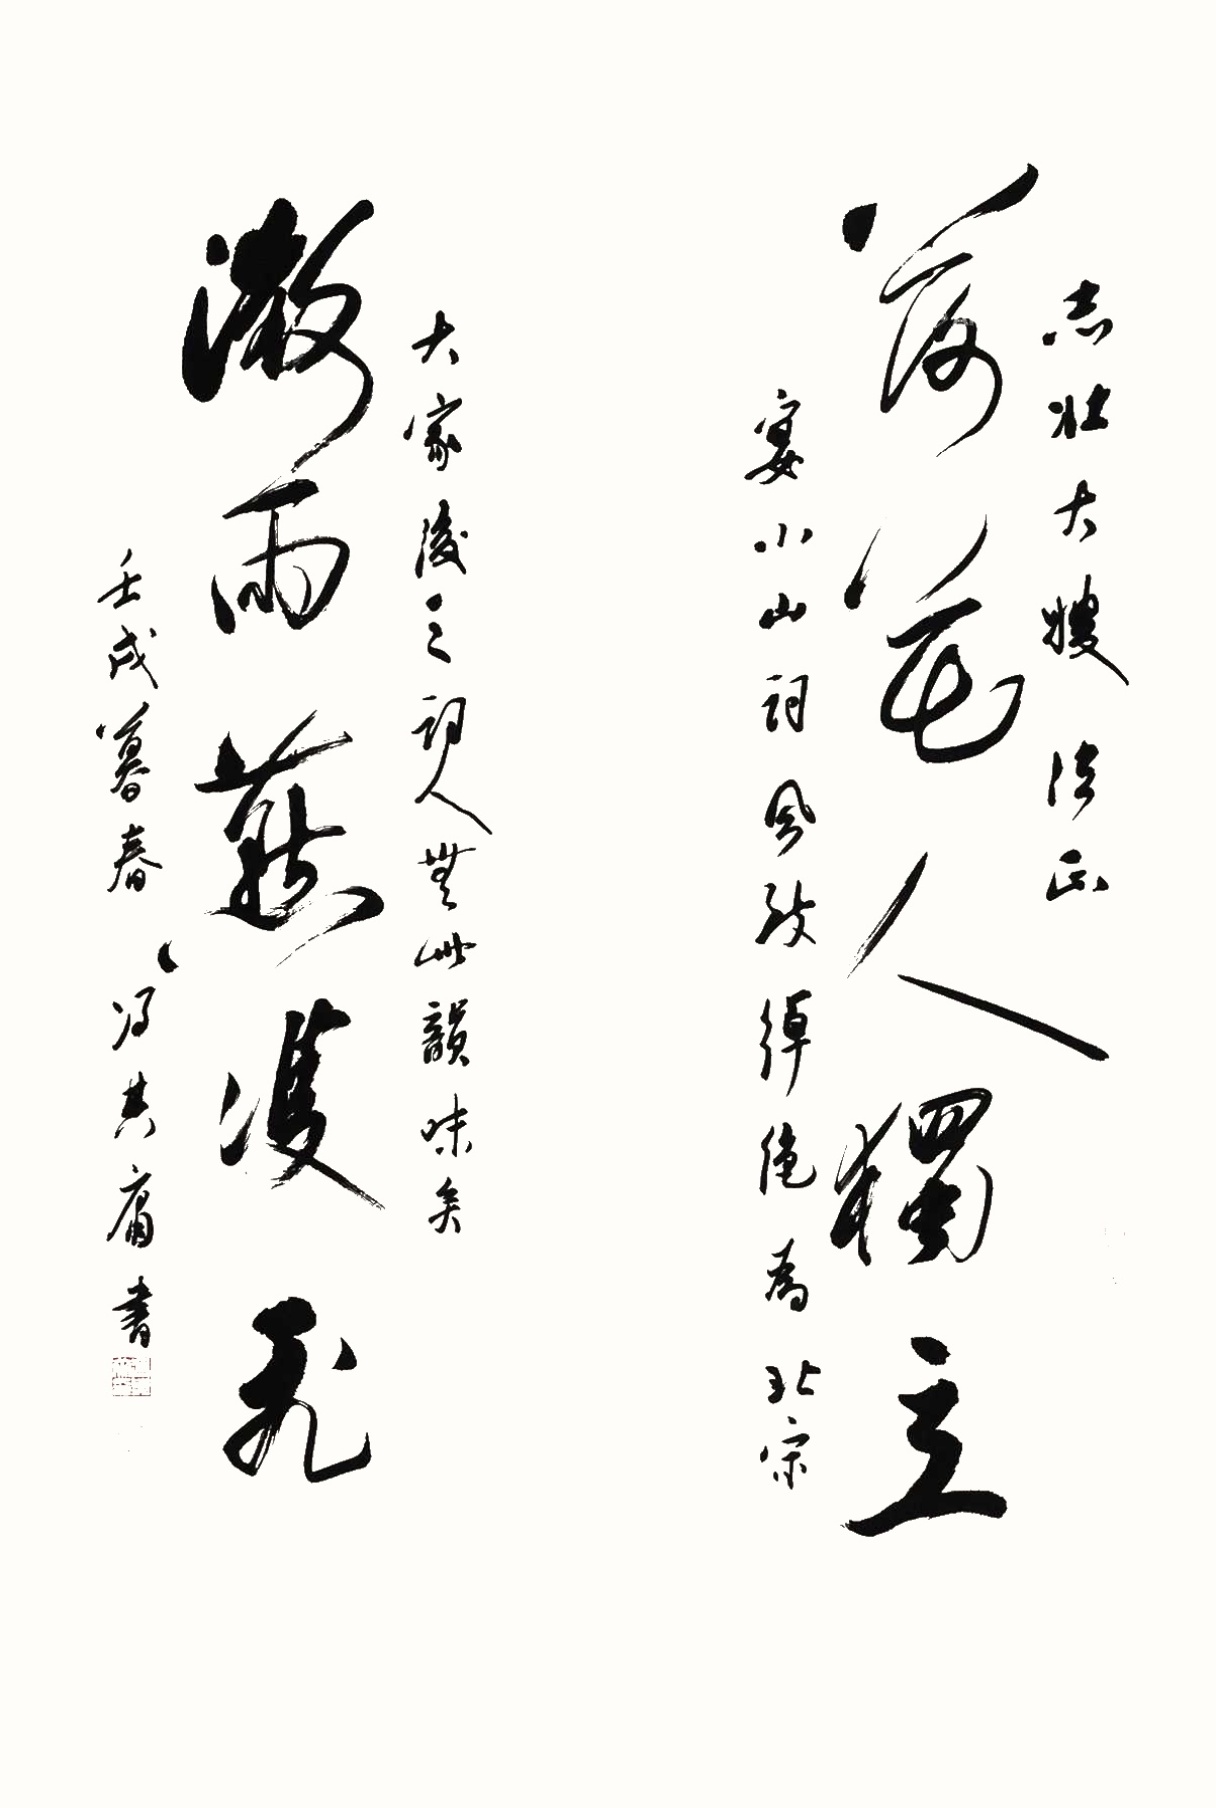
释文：落花人独立，微雨燕双飞。志壮大嫂法正，宴小山词风致绰绝，为北宋大家，后之词人无此韵味矣。壬戌暮春，冯其庸书。